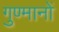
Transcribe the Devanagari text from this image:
गुण्मानों